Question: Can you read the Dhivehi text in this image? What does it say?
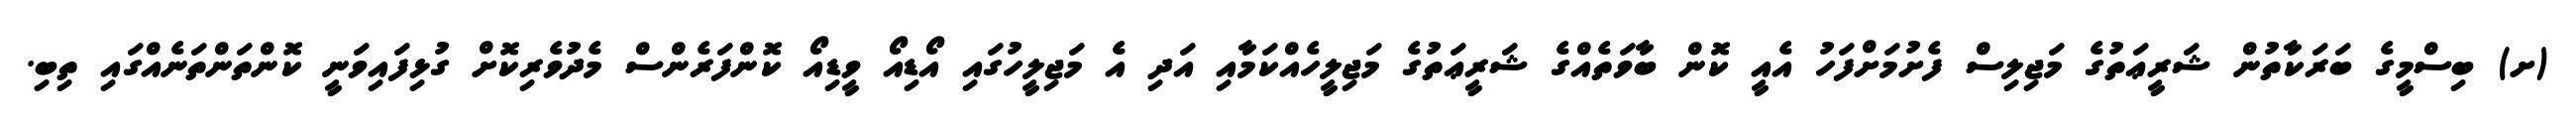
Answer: (ށ) ބިސްމީގެ ބަރަކާތުން ޝަރީޢަތުގެ މަޖިލިސް ފެށުމަށްފަހު އެއީ ކޮން ބާވަތެއްގެ ޝަރީޢަތުގެ މަޖިލީހެއްކަމާއި އަދި އެ މަޖިލީހުގައި އޯޑިއޯ ވީޑިއޯ ކޮންފަރެންސް މެދުވެރިކޮށް ގުޅިފައިވަނީ ކޮންތަންތަނެއްގައި ތިބި.